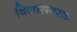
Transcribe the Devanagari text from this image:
विलासपरक